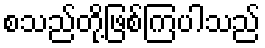
စသည်တို့ဖြစ်ကြပါသည်